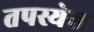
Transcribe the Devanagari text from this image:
तपस्येस